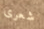
شعرى